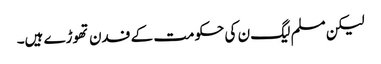
لیکن مسلم لیگ ن کی حکومت کے فدن تھوڑے ہیں۔